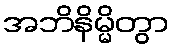
အဘိနိမ္မိတွာ